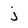
Character: j